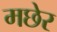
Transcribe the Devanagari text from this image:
मछेर